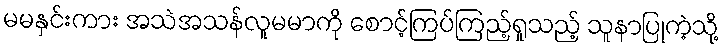
မမနှင်းကား အသဲအသန်လူမမာကို စောင့်ကြပ်ကြည့်ရှုသည့် သူနာပြုကဲ့သို့